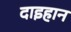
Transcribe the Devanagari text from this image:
दाइहान